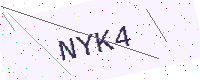
Text: NYK4